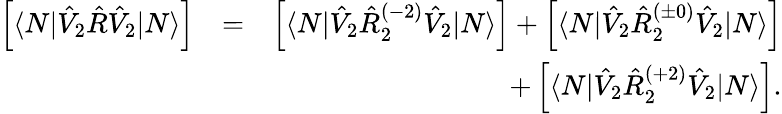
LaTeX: \begin{array}{rlr}{\left[\langle N|\hat{V}_{2}\hat{R}\hat{V}_{2}|N\rangle\right]}&{=}&{\left[\langle N|\hat{V}_{2}\hat{R}_{2}^{(-2)}\hat{V}_{2}|N\rangle\right]+\left[\langle N|\hat{V}_{2}\hat{R}_{2}^{(\pm 0)}\hat{V}_{2}|N\rangle\right]}\\ &{}&{+\left[\langle N|\hat{V}_{2}\hat{R}_{2}^{(+2)}\hat{V}_{2}|N\rangle\right].}\end{array}